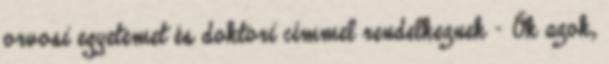
orvosi egyetemet és doktori címmel rendelkeznek - Ők azok,